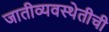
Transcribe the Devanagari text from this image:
जातीव्यवस्थेतीची